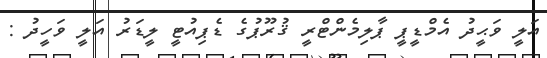
އަލީ ވަޙީދު އެމްޑީޕީ ޕާލިމެންޓްރީ ޤުރޫޕުގެ ޑެޕިއުޓީ ލީޑަރު އަލީ ވަހީދު :